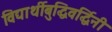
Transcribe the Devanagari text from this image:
विद्यार्थीबुद्धिवर्द्धिनी